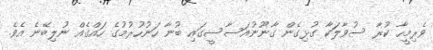
ވެރިމީހާ ކުރާ ސުވާލަކާ ގުޅިގެން ގާނޫނުއަސާސީގައި ބުނާ ހަނުހުރުމުގެ ހައްގެއް ނުލިބޭނެ އެވެ.